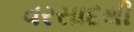
વરસાદથી